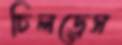
চিলড্রেস